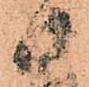
御